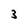
Character: 3